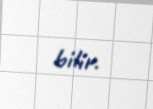
bilir.